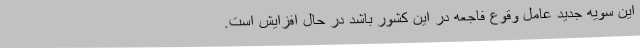
این سویه جدید عامل وقوع فاجعه در این کشور باشد در حال افزایش است.